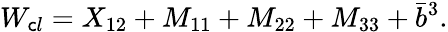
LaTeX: W_{\mathsf{c}l}=X_{12}+M_{11}+M_{22}+M_{33}+\bar{{b}}^{3}.